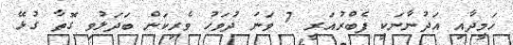
ހަމީދާއި އަދުނާނަކީ ފެބްރުއަރީ 7 ވަނަ ދުވަހު ވެރިކަން ބަދަލުވި ގޮތާ ގުޅޭ